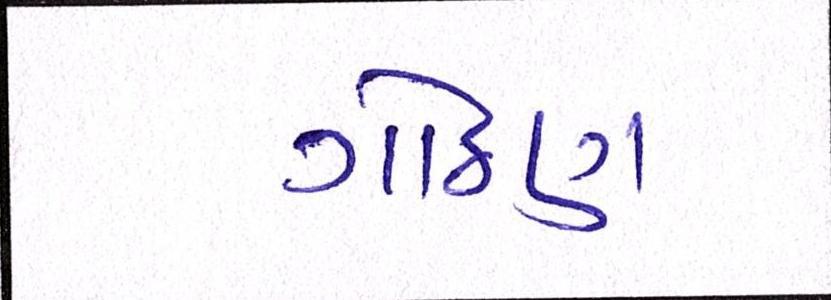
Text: ગોઠણ